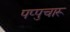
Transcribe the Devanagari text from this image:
पप्पुचारू